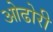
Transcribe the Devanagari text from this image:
ओढोरी